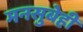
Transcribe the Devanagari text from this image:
मनसुबेही